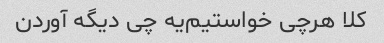
کلا هرچی خواستیم‌یه چی دیگه آوردن‌